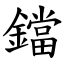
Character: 鐺